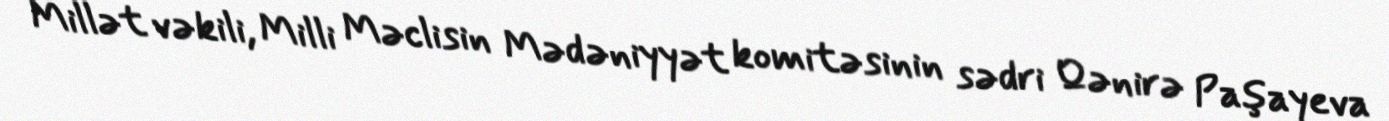
Millət vəkili, Milli Məclisin Mədəniyyət komitəsinin sədri Qənirə Paşayeva